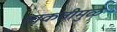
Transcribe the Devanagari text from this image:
ताकतीमुळे